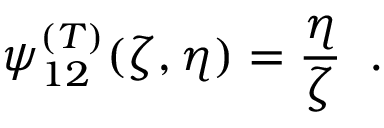
\psi _ { 1 2 } ^ { ( T ) } ( \zeta , \eta ) = \frac { \eta } { \zeta } \; \; .